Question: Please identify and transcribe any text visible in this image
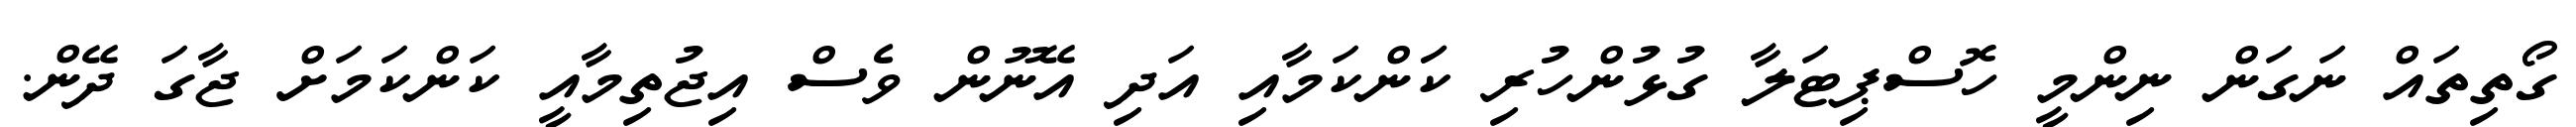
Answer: ގޯތިތައް ނަގަން ނިންމީ ހޮސްޕިޓަލާ ގުޅުންހުރި ކަަންކަމާއި އަދި އޭނޫން ވެސް އިޖުތިމާއީ ކަންކަމަށް ޖާގަ ދޭން.